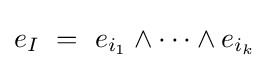
e_{I}\ =\ e_{i_{1}}\wedge \cdots \wedge e_{i_{k}}